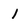
Character: 1